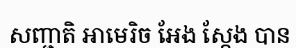
សញ្ជាតិ អាមេរិច អែង ស្តែង បាន